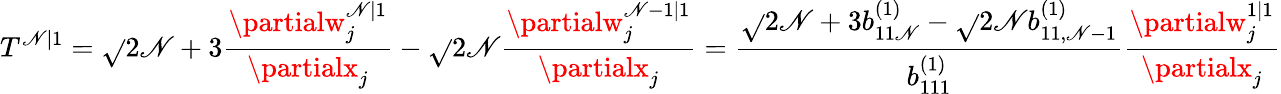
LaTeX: T^{\mathscr{N}|1}=\sqrt{}{{2\mathscr{N}+3}}\frac{{\partialw_{j}^{\mathscr{N}|1}}}{{\partialx_{j}}}-\sqrt{}{{2\mathscr{N}}}\frac{{\partialw_{j}^{\mathscr{N}-1|1}}}{{\partialx_{j}}}=\frac{{\sqrt{}{{2\mathscr{N}+3}}b_{11\mathscr{N}}^{(1)}-\sqrt{}{{2\mathscr{N}}}b_{11,\mathscr{N}-1}^{(1)}}}{{b_{111}^{(1)}}}\frac{{\partialw_{j}^{1|1}}}{{\partialx_{j}}}